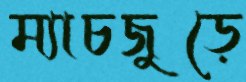
ম্যাচজুড়ে